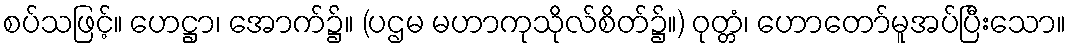
စပ်သဖြင့်။ ဟေဋ္ဌာ၊ အောက်၌။ (ပဌမ မဟာကုသိုလ်စိတ်၌။) ဝုတ္တံ၊ ဟောတော်မူအပ်ပြီးသော။